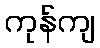
ကုန်ကျ